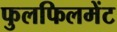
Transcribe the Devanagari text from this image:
फुलफिलमेंट